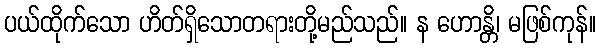
ပယ်ထိုက်သော ဟိတ်ရှိသောတရားတို့မည်သည်။ န ဟောန္တိ၊ မဖြစ်ကုန်။